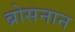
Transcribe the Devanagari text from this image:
ब्रोसनान